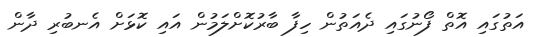
އަތުގައި އޮތް ފޯނުގައި ދެއަތުން ހިފާ ބާރުކޮށްލަމުން އައި ކޮޅަށް އެނބުރި ދާން